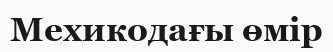
Мехикодағы өмір